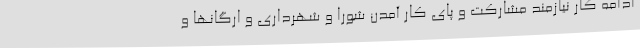
ادامه کار نیازمند مشارکت و پای کار آمدن شورا و شهرداری و ارگانها و